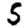
Digit: 5